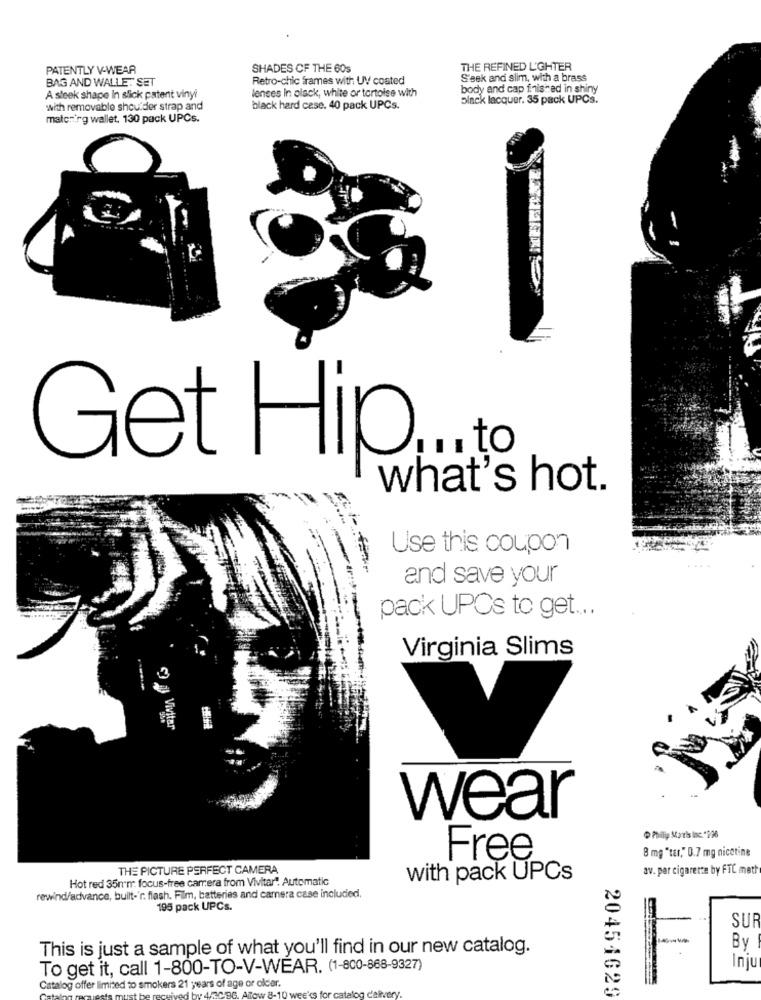
PATENTLY V-WEAR
SHADES OF THE 60s
THE REFINED L'GHTER
BAG AND WALLE: SET
Retro-chic frames with UV coated
S'sek and slim, with a brass
lenses In olack, white or tortoise with
body and cap finished in shiny
A sleek shape In slick patent vinyi
Black lacquer. 35 pack UPCs.
with removable shoulder strap and
black hard cese. 40 pack UPCs.
matching wallet, 130 pack UPCs.
Get Hip ... to
what's hot.
Use this coupon
and save your
pack UPCs to get ....
Virginia Slims
50 g Vivitar
wear
D Philip Marts Inc. "976
8 mg "ter," 0.7 mg nicotine
Free
THE PICTURE PERFECT CAMERA
av. par cigarette by FTC meth
Hot red 35mm focus-free carrera from Vivitar". Automatic
with pack UPCs
rewind/advance, built-'r. flash. Film, batteries and camera case included,
195 pack UPCs.
SUR
This is just a sample of what you'll find in our new catalog.
By
To get it, call 1-800-TO-V-WEAR. (1-800-868-9327)
Inju
Catalog offer limited to smokers 21 years of age or older.
20451629